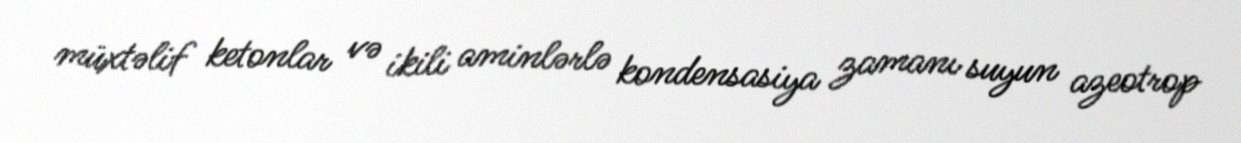
müxtəlif ketonlar və ikili aminlərlə kondensasiya zamanı suyun azeotrop